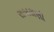
રાજારાણી